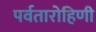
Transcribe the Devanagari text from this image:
पर्वतारोहिणी